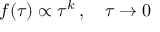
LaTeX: f ( \tau ) \propto \tau ^ { k } \, , \quad \tau \to 0